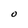
Character: O